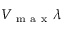
V _ { \mathrm { ~ m ~ a ~ x ~ } } \lambda